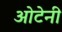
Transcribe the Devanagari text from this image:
ओटेनी